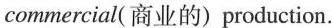
commercial(商业的) production.